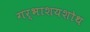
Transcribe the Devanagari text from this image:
गर्भाशयशोथ